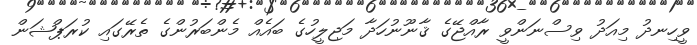
ވީހިނދު މިއަދު ވިސްނަންވީ ރާއްޖޭގެ ޤާނޫނުހަދާ މަޖިލީހުގެ ބައެއް މެންބަރުންގެ ތެރޭގައި ކުރަޕްޝަން